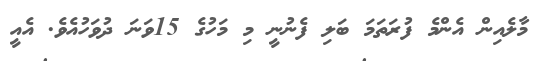
މާލެއިން އެންމެ ފުރަތަމަ ބަލި ފެނުނީ މި މަހުގެ 15ވަނަ ދުވަހުއެވެ. އެއީ